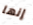
إنها